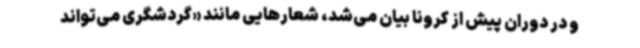
و در دوران پیش از کرونا بیان می‌شد، شعارهایی مانند «گردشگری می‌تواند